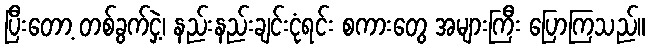
ပြီးတော့ တစ်ခွက်ငှဲ့၊ နည်းနည်းချင်းငုံရင်း စကားတွေ အများကြီး ပြောကြသည်။